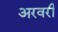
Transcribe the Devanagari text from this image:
अरवरी